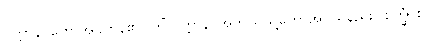
ဝုတ္တာနိ၊ ဟောအပ်ကုန်၏။ ကိံ ဝုတ္တာနိ၊ အဘယ်သို့ဟောအပ်သနည်း။ စက္ခုံ စ၊